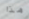
هذا